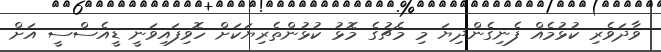
ވާދަވެރި ކުޅުމެއް ފެނިގެންދިޔަ މި މެޗުގެ މޮޅު ކުޅުންތެރިޔަކަށް ހޮވިފައިވަނީ ޑީއެސްސީ އަށް